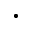
\cdot